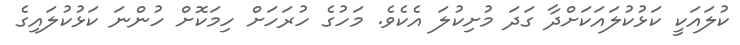
ކުލައަކީ ކަޅުކުލައަކަށްދާ ގަދަ މުށިކުލަ އެކެވެ. މަހުގެ ހުރަހަށް ހިމަކޮށް ހުންނަ ކަޅުކުލައިގެ